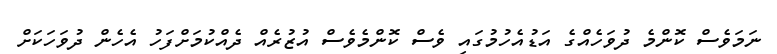
ނަމަވެސް ކޮންމެ ދުވަހެއްގެ އަޑުއެހުމުގައި ވެސް ކޮންމެވެސް އުޒުރެއް ދެއްކުމަށްފަހު އެހެން ދުވަހަކަށް